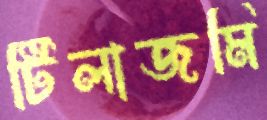
টিলাজমি